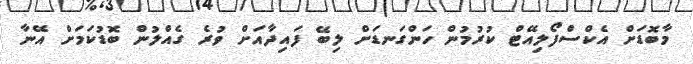
މާބޮޑަށް އެކްސްފޯލިއޭޓް ކުރުމުން ހަންގަނޑަށް ލިބޭ ފައިދާއަށް ވުރެ ގެއްލުން ބޮޑުކަމަށް އޭނާ